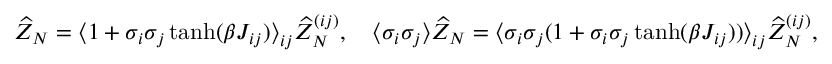
\widehat Z _ { N } = \big \langle 1 + \sigma _ { i } \sigma _ { j } \operatorname { t a n h } ( \beta J _ { i j } ) \big \rangle _ { i j } \widehat Z _ { N } ^ { ( i j ) } , \quad \langle \sigma _ { i } \sigma _ { j } \rangle \widehat Z _ { N } = \big \langle \sigma _ { i } \sigma _ { j } ( 1 + \sigma _ { i } \sigma _ { j } \operatorname { t a n h } ( \beta J _ { i j } ) ) \big \rangle _ { i j } \widehat Z _ { N } ^ { ( i j ) } ,